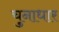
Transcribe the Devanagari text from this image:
चुनाधार